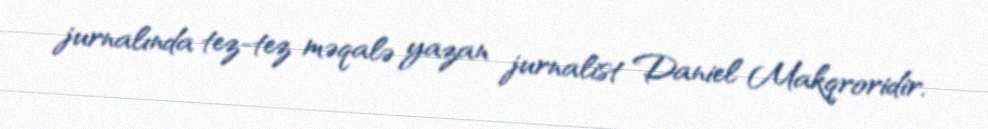
jurnalında tez-tez məqalə yazan jurnalist Daniel Makqroridir.